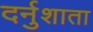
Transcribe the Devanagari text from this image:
दर्नुशाता